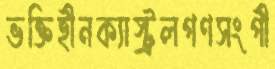
ভক্তিহীনক্যাস্ট্রলগণসংগী